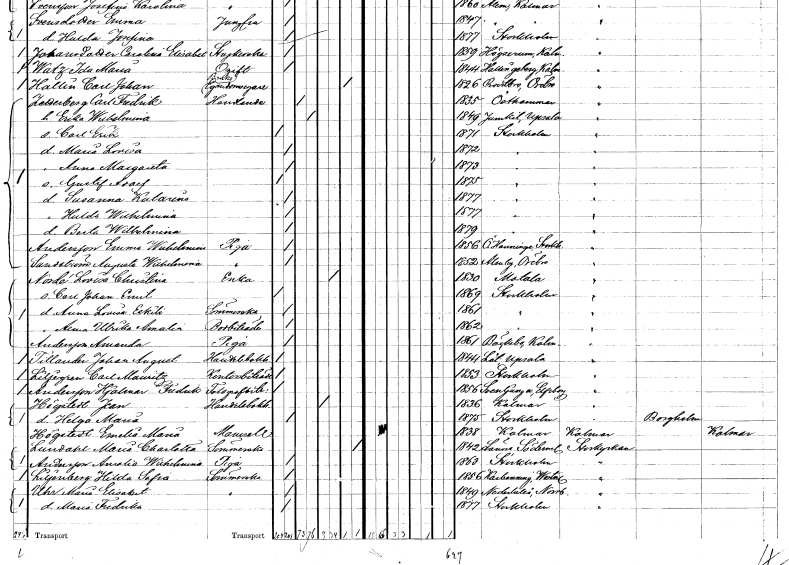
gt_parse: households: individuals: FN: Maria Lovisa
KON: K
CIV: O
FODAR: 1872
FODFORS: Stockholm
FN: Anna Margareta
KON: K
CIV: O
FODAR: 1873
FODFORS: Stockholm
FN: Gustaf Adolf
KON: M
CIV: O
FODAR: 1875
FODFORS: Stockholm
FN: Susanna Katarina
KON: K
CIV: O
FODAR: 1877
FODFORS: Stockholm
FN: Hulda Wilhelmina
KON: K
CIV: O
FODAR: 1877
FODFORS: Stockholm
FN: Berta Wilhelmina
KON: K
CIV: O
FODAR: 1879
FODFORS: Stockholm
FN: Emma Wilhelmina
EN: Andersson
YRKE: Piga
KON: K
CIV: O
FODAR: 1856
FODFORS: Österhaninge Stockholms län
FN: Augusta Wilhelmina
EN: Sundström
YRKE: Piga
KON: K
CIV: O
FODAR: 1852
FODFORS: Almby Örebro län
FN: Lovisa Christina
EN: Nordé
YRKE: Änka
KON: K
CIV: E
FODAR: 1830
FODFORS: Motala Östergötlands län
FN: Carl Johan Emil
KON: M
CIV: O
FODAR: 1869
FODFORS: Stockholm
FN: Anna Lovisa Eskili
YRKE: Sömmerska
KON: K
CIV: O
FODAR: 1861
FODFORS: Stockholm
FN: Anna Ulrika Amalia
YRKE: Bodbiträde
KON: K
CIV: O
FODAR: 1862
FODFORS: Stockholm
FN: Amanda
EN: Andersson
YRKE: Piga
KON: K
CIV: O
FODAR: 1861
FODFORS: Bäckebo Kalmar län
FN: Johan August
EN: Tillander
YRKE: Handelsbokhållare
KON: M
CIV: O
FODAR: 1844
FODFORS: Löt Uppsala län
FN: Carl Mauritz
EN: Liljegren
YRKE: Kontorsbiträde
KON: M
CIV: O
FODAR: 1853
FODFORS: Stockholm
FN: Hjalmar Fredrik
EN: Andersson
YRKE: Telegrafbiträde
KON: M
CIV: O
FODAR: 1856
FODFORS: Svenljunga Älvsborgs län
FN: Jean
EN: Högstedt
YRKE: Handelsbokhållare
KON: M
CIV: E
FODAR: 1836
FODFORS: Kalmar Kalmar län
FN: Helga Maria
KON: K
CIV: O
FODAR: 1875
FODFORS: Stockholm
FN: Emelie Maria
EN: Högstedt
KON: K
CIV: O
FODAR: 1838
FODFORS: Kalmar Kalmar län
FN: Maria Charlotta
EN: Lindahl
YRKE: Sömmerska
KON: K
CIV: X
FODAR: 1842
FODFORS: Länna Södermanlands län
FN: Amalia Wilhelmina
EN: Andersson
YRKE: Piga
KON: K
CIV: O
FODAR: 1863
FODFORS: Stockholm
FN: Hilda Sofia
EN: Liljeberg
YRKE: Sömmerska
KON: K
CIV: O
FODAR: 1856
FODFORS: Karbenning Västmanlands län
FN: Maria Elisabet
EN: Uhr
YRKE: Sömmerska
KON: K
CIV: O
FODAR: 1849
FODFORS: Nederluleå Norrbottens län
FN: Maria Fredrika
KON: K
CIV: O
FODAR: 1877
FODFORS: Stockholm